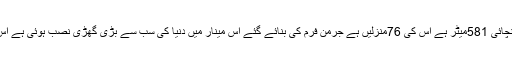
یہ دنیا کی چوتھی بلند ترین عمارت ہے اس کی اونچائی 581میٹر ہے اس کی 76منزلیں ہے جرمن فرم کی بنائے گئے اس مینار میں دنیا کی سب سے بڑی گھڑی نصب ہوئی ہے اس کی گھڑی 25کلومیٹر سے بھی نظر آجاتی ہے ۔